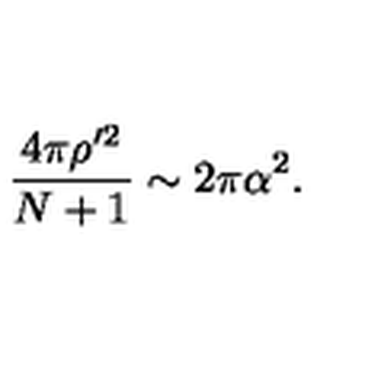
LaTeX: \frac { 4 \pi \rho ^ { \prime 2 } } { N + 1 } \sim 2 \pi \alpha ^ { 2 } .